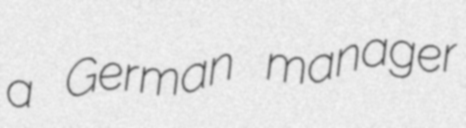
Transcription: a German manager